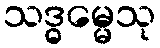
သဒ္ဓမ္မေသု